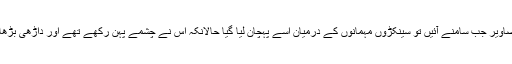
شادی کی تصاویر جب سامنے آئیں تو سینکڑوں مہمانوں کے درمیان اسے پہچان لیا گیا حالانکہ اس نے چشمے پہن رکھے تھے اور داڑھی بڑھا رکھی تھی۔